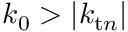
k _ { 0 } > | k _ { \mathrm { t } n } |